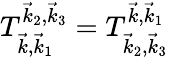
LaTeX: T_{\vec{k},\vec{k}_{1}}^{\vec{k}_{2},\vec{k}_{3}}=T_{\vec{k}_{2},\vec{k}_{3}}^{\vec{k},\vec{k}_{1}}